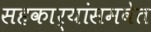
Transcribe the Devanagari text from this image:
सहकार्‍यांसमवेत